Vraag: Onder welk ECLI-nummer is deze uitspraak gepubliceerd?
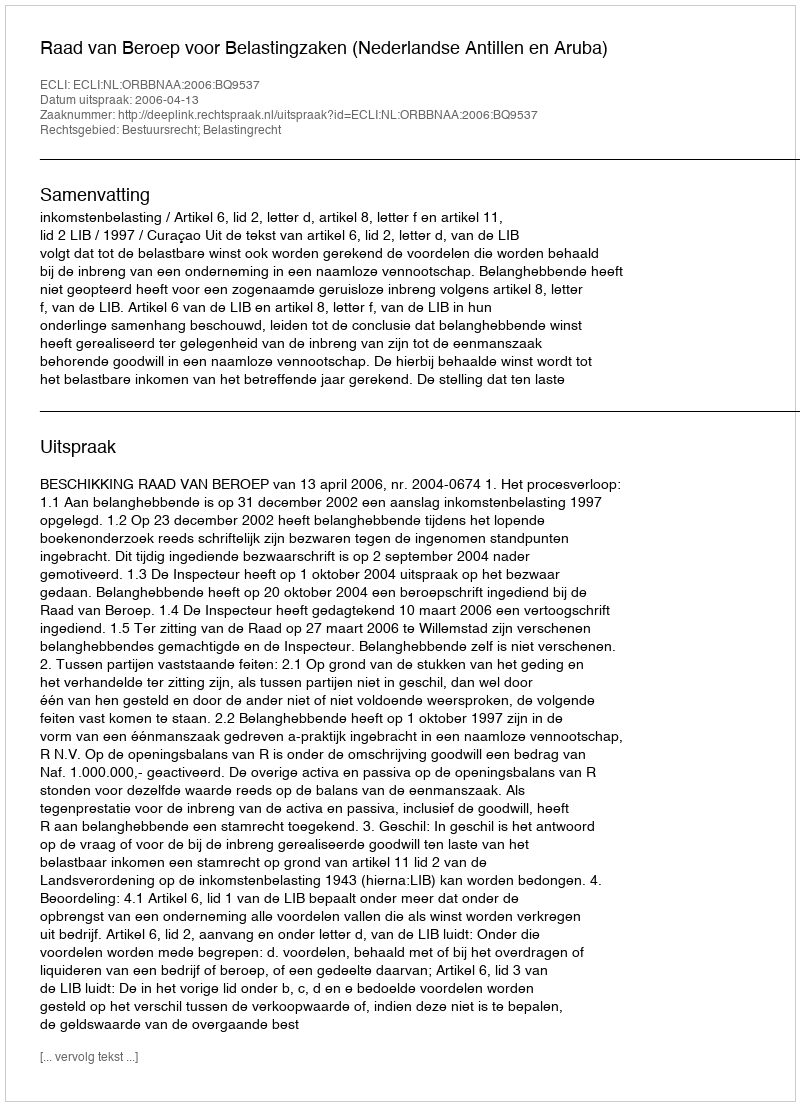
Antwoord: ECLI:NL:ORBBNAA:2006:BQ9537